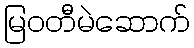
မြဝတီမဲဆောက်